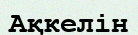
Ақкелін